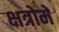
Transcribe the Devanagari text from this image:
क्षत्रोमें